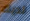
لديك